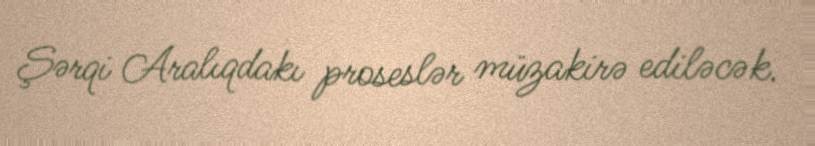
Şərqi Aralıqdakı proseslər müzakirə ediləcək.